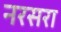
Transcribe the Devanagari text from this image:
नरसरा